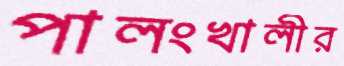
পালংখালীর